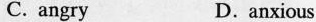
C. angry D.anxious